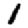
Digit: 1